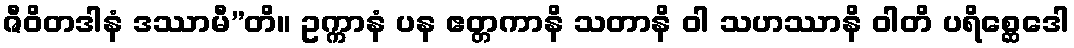
ဇီဝိတဒါနံ ဒဿာမီ”တိ။ ဥက္ကာနံ ပန ဧတ္တကာနိ သတာနိ ဝါ သဟဿာနိ ဝါတိ ပရိစ္ဆေဒေါ